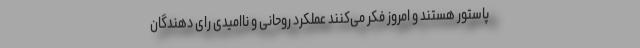
پاستور هستند و امروز فکر می‌کنند عملکرد روحانی و ناامیدی رای دهندگان